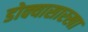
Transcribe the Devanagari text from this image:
डोक्यासारखा